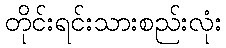
တိုင်းရင်းသားစည်းလုံး